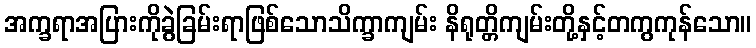
အက္ခရာအပြားကိုခွဲခြမ်းရာဖြစ်သောသိက္ခာကျမ်း နိရုတ္တိကျမ်းတို့နှင့်တကွကုန်သော။